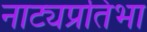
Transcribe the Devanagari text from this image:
नाट्यप्रतिभा